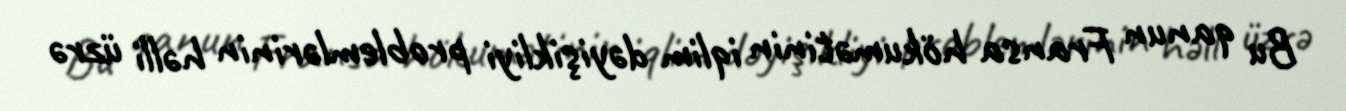
Bu qanun Fransa hökumətinin iqlim dəyişikliyi problemlərinin həlli üzrə